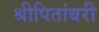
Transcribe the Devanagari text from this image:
श्रीपितांबरी